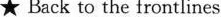
★ Back to the frontlines